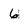
Character: 6